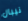
نيبال